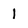
Character: 1